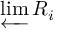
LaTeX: \varprojlim R _ { i }